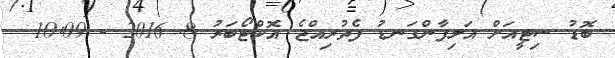
ބޮޑު ސިޓީއަށް އަލިފާންގަނޑު ފެތުރިއްޖެ އޮކްޓޯބަރު 8